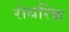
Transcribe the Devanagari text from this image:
रोथरिक